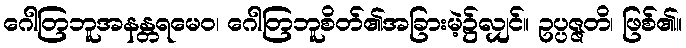
ဂေါတြဘူအနန္တရမေဝ၊ ဂေါတြဘူစိတ်၏အခြားမဲ့၌လျှင်။ ဥပ္ပဇ္ဇတိ၊ ဖြစ်၏။